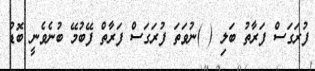
ފުރަގަސް ފަރާތު ބަލި ( )ނުވަތަ ފުރަގަސް ފަރާތް ފޭބުމޭ ބުނެވެނީ ބޮޑު